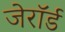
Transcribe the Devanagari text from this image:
जेरॉर्ड